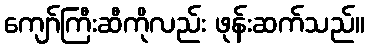
ကျော်ကြီးဆီကိုလည်း ဖုန်းဆက်သည်။